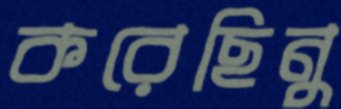
করেছিনু